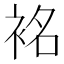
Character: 𮕿